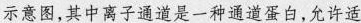
示意图，其中离子通道是一种通道蛋白，允许适